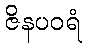
ဇိနပဝရံ